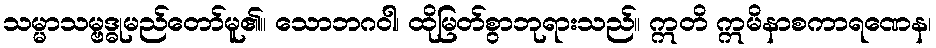
သမ္မာသမ္ဗဒ္ဓုမည်တော်မူ၏။ သောဘဂဝါ၊ ထိုမြတ်စွာဘုရားသည်။ ဣတိ ဣမိနာစကာရဏေန၊